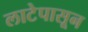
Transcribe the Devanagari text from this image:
लाटेपासून